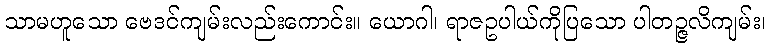
သာမဟူသော ဗေဒင်ကျမ်းလည်းကောင်း။ ယောဂါ၊ ရာဇဥပါယ်ကိုပြသော ပါတဉ္ဇလိကျမ်း၊